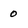
Character: 0